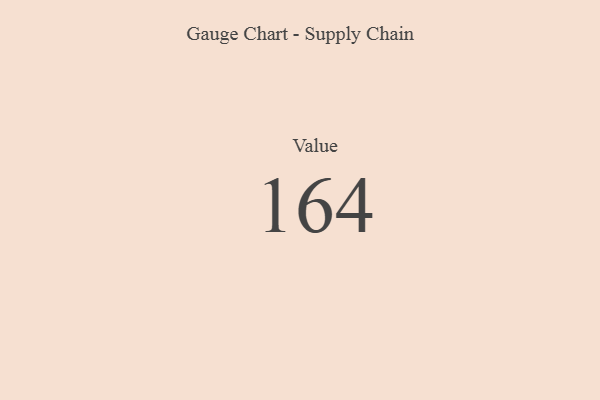
{"axis": {"x": "Metric", "y": "Value"}, "legend": [""], "data": [{"x": "Value", "y": 164, "type": ""}]}